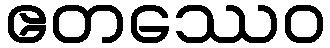
ဧတဿေဝ